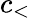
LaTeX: c_{<}